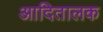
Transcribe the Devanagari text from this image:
आदितालक